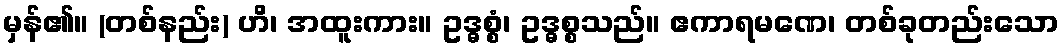
မှန်၏။ (တစ်နည်း) ဟိ၊ အထူးကား။ ဥဒ္ဓစ္စံ၊ ဥဒ္ဓစ္စသည်။ ဧကာရမဏေ၊ တစ်ခုတည်းသော